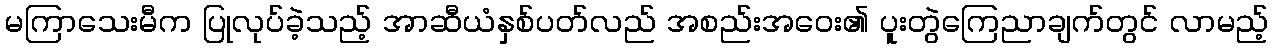
မကြာသေးမီက ပြုလုပ်ခဲ့သည့် အာဆီယံနှစ်ပတ်လည် အစည်းအဝေး၏ ပူးတွဲကြေညာချက်တွင် လာမည့်